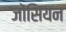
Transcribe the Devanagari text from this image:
जोंसियन